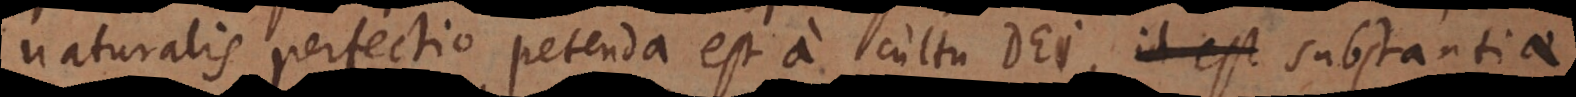
naturalis perfectio petenda est a cultu Dei, id est substantiae